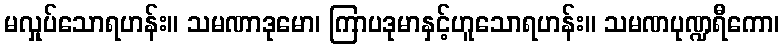
မလှုပ်သောရဟန်း။ သမဏာဒုမော၊ ကြာပဒုမာနှင့်ဟူသောရဟန်း။ သမဏပုဏ္ဍရီကော၊